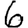
Digit: 6